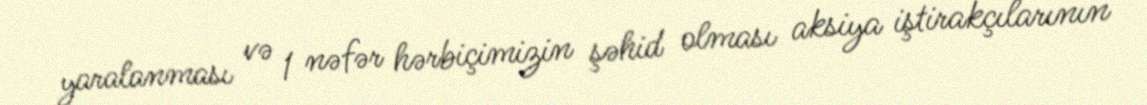
yaralanması və 1 nəfər hərbiçimizin şəhid olması aksiya iştirakçılarının